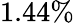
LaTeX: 1.44\%